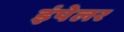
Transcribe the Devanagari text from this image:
इंपेलर